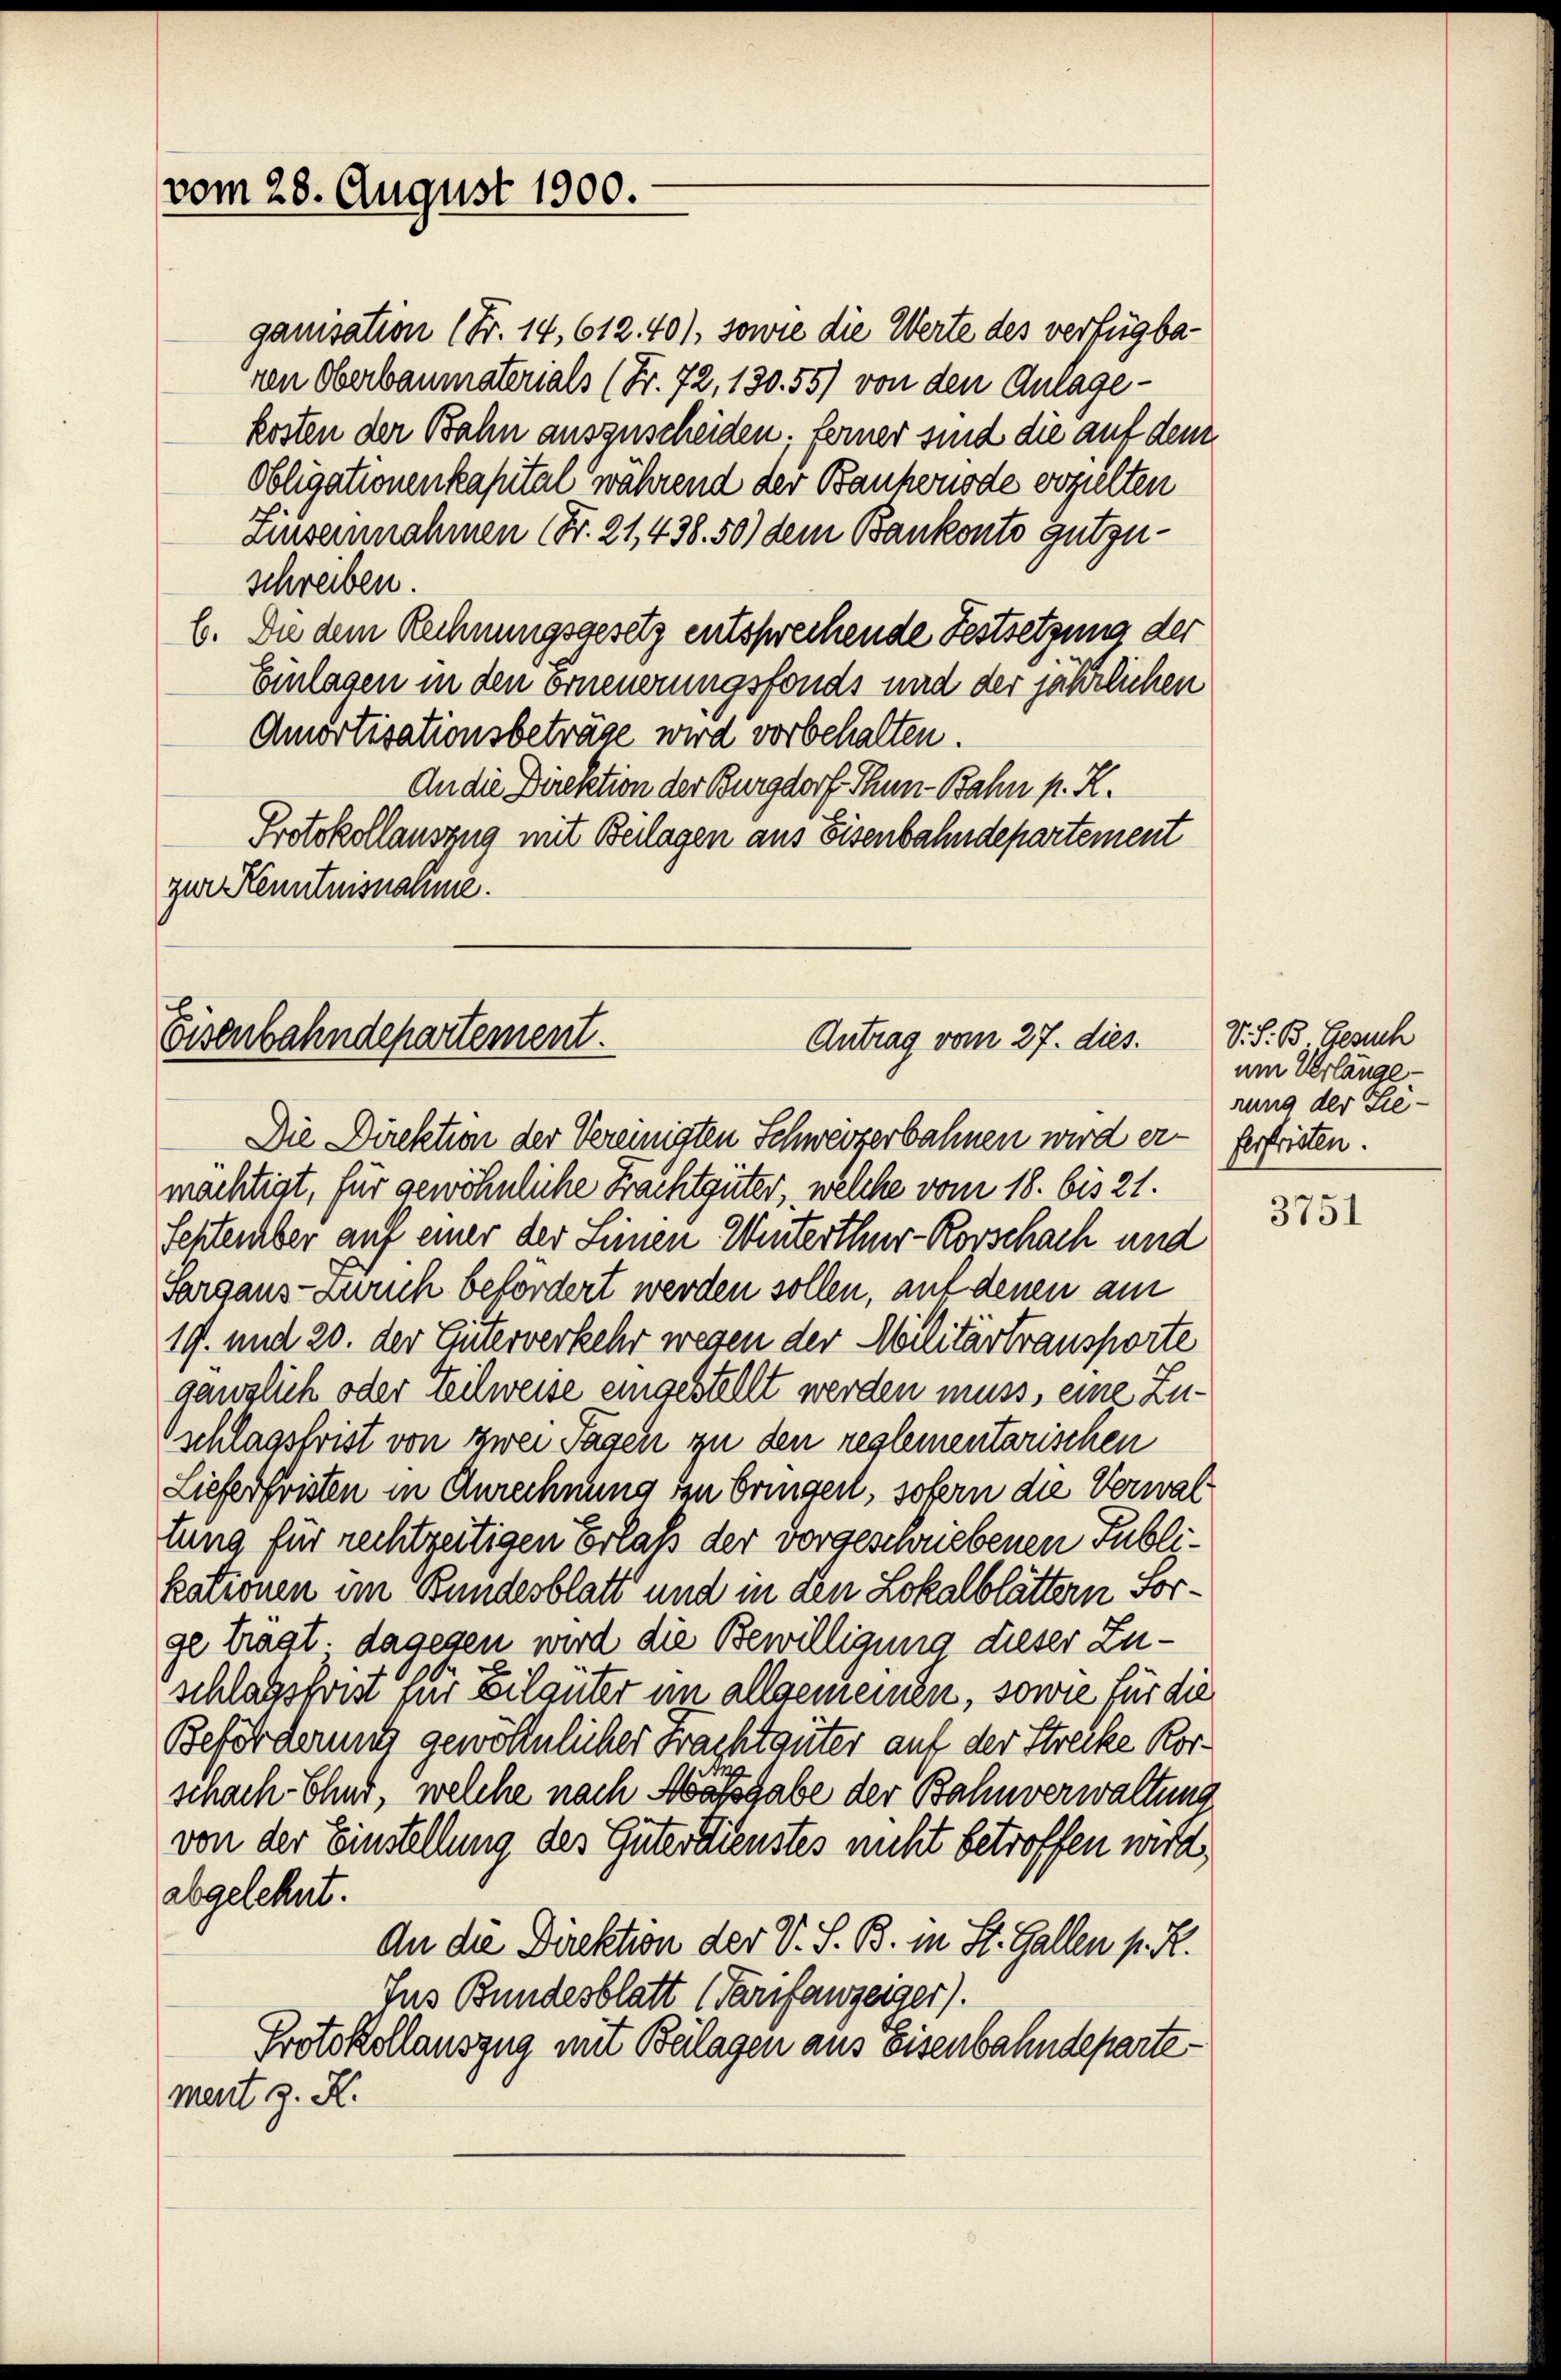
vom 28. August 1900.

ganisation (Fr. 14. 612. 401, sowie die Werte des verfügbaren Oberbaumaterials (Fr. 72, 130. 55) von den Anlagekosten der Bahn auszuscheiden; ferner sind die auf den
Obligationenkapital während der Bankonode vorzielten
Auseinnahmen (Fr. 21, 438. 50) dem Bankonto gutzuschreiben.
b. Die dem Rechnungsgesetz entsprechende Festsetzung der
Einlagen in den erneuerungsfonds und der jährlichen
Amortisationsbeträge wird vorbehalten.
An die Direktion der Burgdorf Thun-Bahn p. R.
Protokollauszug mit Beilagen aus Eisenbahndepartement
zur Kenntnisnahme.

Eisenbahndepartement.
Antrag vom 27. dies.
Die Direktion der Vereinigten Schweizerbahnen wird er- ferfristen.

mächtigt, für gewöhnliche Frachtgüter, welche vom 18. bis 21.
September auf einer der Seinen Winterthur-Korschach und
Sargaus-Zürich befördert werden sollen, auf denen am
19. und 20. der Güterverkehr wegen der Militärtransporte
gänglich oder Teilweise eingestellt werden muss, eine Zuschlagsfrist von zwei Tagen zu den reglementarischen
Lieferfristen in Anrechnung den bringerl, sofern die Verwal
tung für rechtzeitigen Erlaß der vorgeschriebenen Publikationen im Bundesblatt und in den Lokalblättern Sorge tragt, dagegen wird die Bewilligung dieser Zuschlagsfrist für Eilgüter im allgemeinen, sowie für die
Beförderung gewöhnlicher Frachtauter auf der Strecke Kor¬
u
schach Ehnd, welche nach Massgabe der Bahnverwaltung
von der Einstellung des Güterdienstes nicht betroffen wird,
abgelehnt.
An die Direktion der V. S. B. in St. Gallen P. R.
Jus Bundesblatt (Tarifanzeiger).
Protokollauszug mit Beilagen aus Eisenbahndepartement z. K.

V. S. B. Gesuch
um Verlängerung der Lie¬

3751